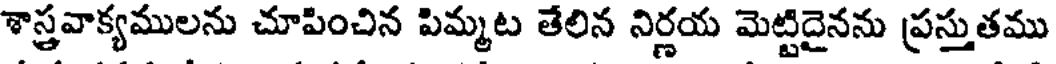
శాస్త్రవాక్యములను చూపించిన పిమ్మట తేలిన నిర్ణయ మెట్టిదైనను ప్రస్తుతము